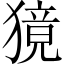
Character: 獍